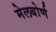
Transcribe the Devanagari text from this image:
मेलबोर्ण